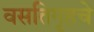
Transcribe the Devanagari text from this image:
वसतिगृहचे